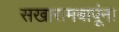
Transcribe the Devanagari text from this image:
सखारामबापूंना